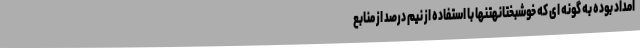
امداد بوده به گونه ای که خوشبختانهتنها با استفاده از نیم درصد از منابع